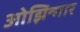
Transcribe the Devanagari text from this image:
ओझिन्गार